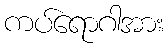
ကပ်ရောဂါအား